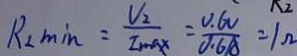
R _ { 2 \min } = \frac { V _ { 2 } } { I _ { \max } } = \frac { 0 . 6 V } { 0 . 6 A } = 1 \Omega